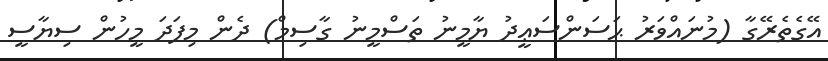
އޭގެތެރޭގާ (މުނައްވަރު ޙަސަންސަޢީދު ޔާމީނު ތަސްމީނު ގާސިމް) ދެން މިފަދަ މީހުން ސިޔާސީ